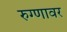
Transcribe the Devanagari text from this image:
रुग्णावर